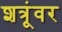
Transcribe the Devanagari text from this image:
शत्रूंवर